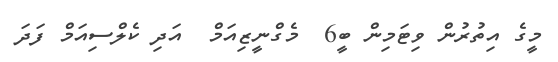
މީގެ އިތުރުން ވިޓަމިން ބީ6  މެގްނީޒިއަމް  އަދި ކެލްސިއަމް ފަދަ